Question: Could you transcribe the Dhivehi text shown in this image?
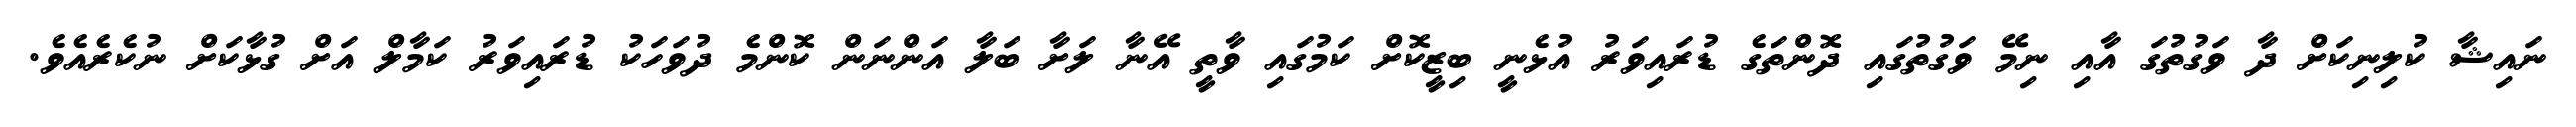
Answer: ނައިޝާ ކުލިނިކަށް ދާ ވަގުތުގަ އާއި ނިމޭ ވަގުތުގައި ދޮންތަގެ ޑުރައިވަރު އުޅެނީ ބިޒީކޮށް ކަމުގައި ވާތީ އޭނާ ލަށާ ބަލާ އަންނަން ކޮންމެ ދުވަހަކު ޑުރައިވަރު ކަމާލް އަށް ގުޅާކަށް ނުކެރެއެވެ.